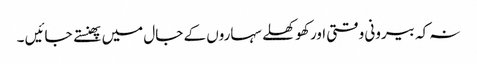
نہ کہ بیرونی وقتی اور کھوکھلے سہاروں کے جال میں پھنستے جائیں ۔